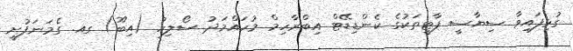
ގުޅިފައިވާ ސިޔާސީ ޕާޓީތަކުގެ ކެންޑިޑޭޓް އިބްރާހިމް މުހައްމަދު ސޯލިހު (އިބޫ) ގއ. ގެމަނަފުށީ